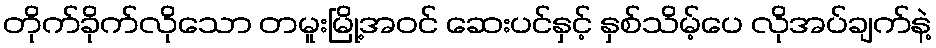
တိုက်ခိုက်လိုသော တမူးမြို့အဝင် ဆေးပင်နှင့် နှစ်သိမ့်ပေ လိုအပ်ချက်နဲ့